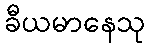
ခီယမာနေသု